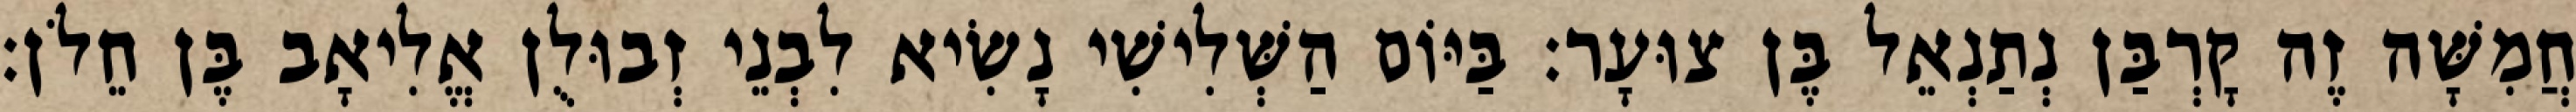
חֲמִשָּׁה זֶה קָרְבַּן נְתַנְאֵל בֶּן צוּעָר׃ בַּיּוֹם הַשְּׁלִישִׁי נָשִׂיא לִבְנֵי זְבוּלֻן אֱלִיאָב בֶּן חֵלֹן׃